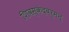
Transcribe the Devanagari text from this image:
शिवस्कंदवर्मन्